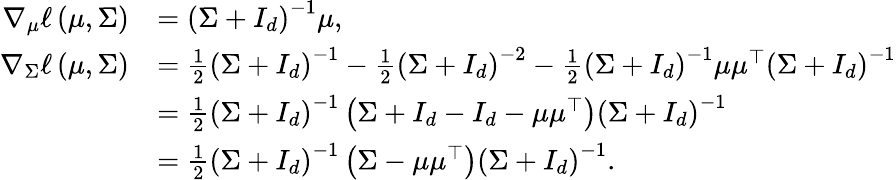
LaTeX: \begin{array}{rl}{\nabla_{\mu}\ell\left(\mu,\Sigma\right)}&{=\left(\Sigma+I_{d}\right)^{-1}\mu,}\\ {\nabla_{\Sigma}\ell\left(\mu,\Sigma\right)}&{=\frac{1}{2}\left(\Sigma+I_{d}\right)^{-1}-\frac{1}{2}\left(\Sigma+I_{d}\right)^{-2}-\frac{1}{2}\left(\Sigma+I_{d}\right)^{-1}\mu\mu^{\top}\left(\Sigma+I_{d}\right)^{-1}}\\ &{=\frac{1}{2}\left(\Sigma+I_{d}\right)^{-1}\left(\Sigma+I_{d}-I_{d}-\mu\mu^{\top}\right)\left(\Sigma+I_{d}\right)^{-1}}\\ &{=\frac{1}{2}\left(\Sigma+I_{d}\right)^{-1}\left(\Sigma-\mu\mu^{\top}\right)\left(\Sigma+I_{d}\right)^{-1}.}\end{array}